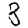
Digit: 3